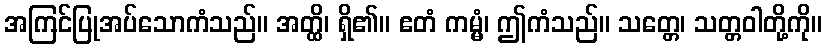
အကြင်ပြုအပ်သောကံသည်။ အတ္ထိ၊ ရှိ၏။ ဧတံ ကမ္မံ၊ ဤကံသည်။ သတ္တေ၊ သတ္တဝါတို့ကို။